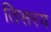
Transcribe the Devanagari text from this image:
तिसरय